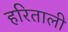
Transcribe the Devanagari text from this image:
हरिताली